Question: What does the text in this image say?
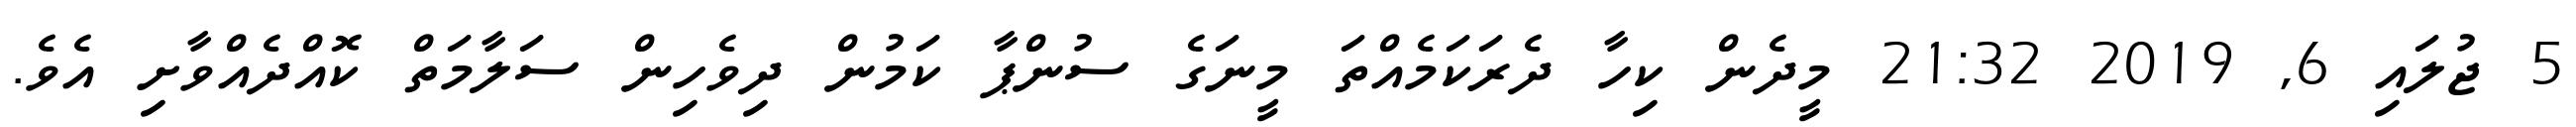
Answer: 5 ޖުލައި 6, 2019 21:32 މީދެން ކިހާ ދެރަކަމެއްތަ މީނަގެ ސުންޕާ ކަމުން ދިވެހިން ސަލާމަތް ކޮއްދެއްވާށި އެވެ.